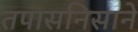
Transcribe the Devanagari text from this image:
तपासनिसाने